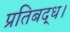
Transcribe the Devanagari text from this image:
प्रतिबद्ध।